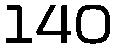
140